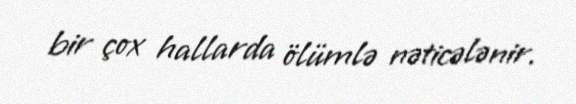
bir çox hallarda ölümlə nəticələnir.